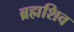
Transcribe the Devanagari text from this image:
ब्रह्मशिव